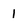
Character: 1